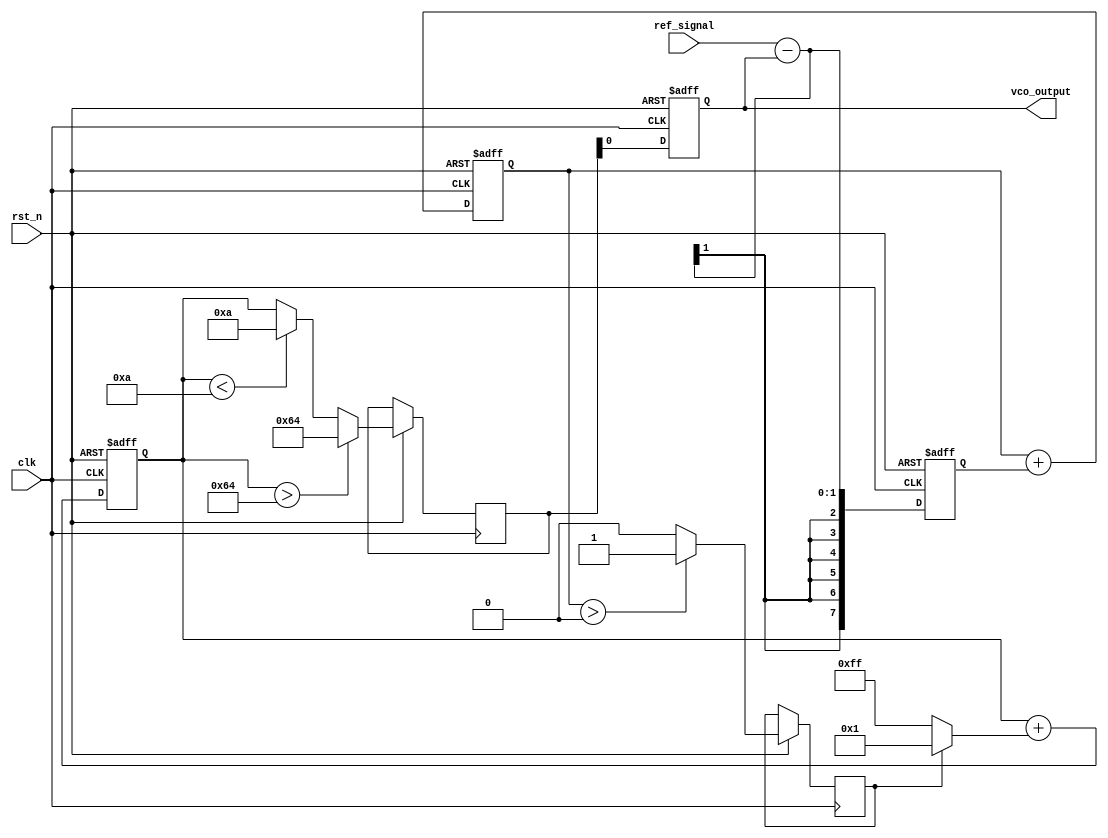
module sigma_delta_pll(
    input wire clk,                // Main clock input
    input wire rst_n,              // Active-low reset
    input wire ref_signal,          // Reference signal
    output reg vco_output          // VCO output frequency
);

// Parameters
parameter N = 8;                   // Bit width for sigma-delta modulator
parameter VCO_MAX_FREQ = 100;     // Max frequency of VCO
parameter VCO_MIN_FREQ = 10;      // Min frequency of VCO
parameter LOOP_FILTER_GAIN = 1;   // Gain for loop filter

// Sigma-Delta Modulator
reg [N-1:0] integrator;           // Integrator for sigma-delta modulator
reg [N-1:0] phase_error;          // Phase error signal
reg sigma_delta_out;              // Output of sigma-delta modulator

// Loop Filter
reg [N-1:0] loop_filter_output;   // Output of loop filter
reg [N-1:0] filtered_voltage;      // Control voltage for VCO

// Voltage-Controlled Oscillator (VCO)
reg [N-1:0] vco_control_voltage;  // Control voltage for VCO

// Phase Detector
always @(posedge clk or negedge rst_n) begin
    if (!rst_n) begin
        integrator <= 0;
        phase_error <= 0;
    end else begin
        // Phase detector logic
        phase_error <= ref_signal - vco_output; // Simple phase error calculation
        integrator <= integrator + phase_error; // Integrate phase error

        // Sigma-Delta Modulation
        sigma_delta_out <= (integrator > 0) ? 1'b1 : 1'b0; // 1-bit output
    end
end

// Loop Filter
always @(posedge clk or negedge rst_n) begin
    if (!rst_n) begin
        loop_filter_output <= 0;
    end else begin
        loop_filter_output <= loop_filter_output + (sigma_delta_out ? LOOP_FILTER_GAIN : -LOOP_FILTER_GAIN);
    end
end

// VCO
always @(posedge clk or negedge rst_n) begin
    if (!rst_n) begin
        vco_output <= VCO_MIN_FREQ; // Initialize to minimum frequency
    end else begin
        // Control voltage limits
        if (loop_filter_output > VCO_MAX_FREQ)
            vco_control_voltage <= VCO_MAX_FREQ;
        else if (loop_filter_output < VCO_MIN_FREQ)
            vco_control_voltage <= VCO_MIN_FREQ;
        else
            vco_control_voltage <= loop_filter_output;

        // Update VCO output based on control voltage
        vco_output <= vco_control_voltage; // Simplified VCO output
    end
end

endmodule